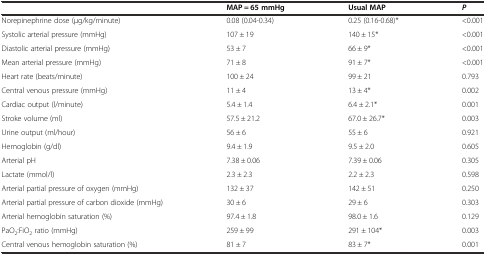
|  | MAP = 65 mmHg | Usual MAP | P |
 | --- | --- | --- | --- |
 | Norepinephrine dose (μg/kg/minute) | 0.08 (0.04-0.34) | 0.25 (0.16-0.68)* | <0.001 |
 | Systolic arterial pressure (mmHg) | 107 ± 19 | 140 ± 15* | <0.001 |
 | Diastolic arterial pressure (mmHg) | 53 ± 7 | 66 ± 9* | <0.001 |
 | Mean arterial pressure (mmHg) | 71 ± 8 | 91 ± 7* | <0.001 |
 | Heart rate (beats/minute) | 100 ± 24 | 99 ± 21 | 0.793 |
 | Central venous pressure (mmHg) | 11 ± 4 | 13 ± 4* | 0.002 |
 | Cardiac output (l/minute) | 5.4 ± 1.4 | 6.4 ± 2.1* | 0.001 |
 | Stroke volume (ml) | 57.5 ± 21.2 | 67.0 ± 26.7* | 0.003 |
 | Urine output (ml/hour) | 56 ± 6 | 55 ± 6 | 0.921 |
 | Hemoglobin (g/dl) | 9.4 ± 1.9 | 9.5 ± 2.0 | 0.605 |
 | Arterial pH | 7.38 ± 0.06 | 7.39 ± 0.06 | 0.305 |
 | Lactate (mmol/l) | 2.3 ± 2.3 | 2.2 ± 2.3 | 0.598 |
 | Arterial partial pressure of oxygen (mmHg) | 132 ± 37 | 142 ± 51 | 0.250 |
 | Arterial partial pressure of carbon dioxide (mmHg) | 30 ± 6 | 29 ± 6 | 0.303 |
 | Arterial hemoglobin saturation (%) | 97.4 ± 1.8 | 98.0 ± 1.6 | 0.129 |
 | PaO2:FiO2 ratio (mmHg) | 259 ± 99 | 291 ± 104* | 0.003 |
 | Central venous hemoglobin saturation (%) | 81 ± 7 | 83 ± 7* | 0.001 |